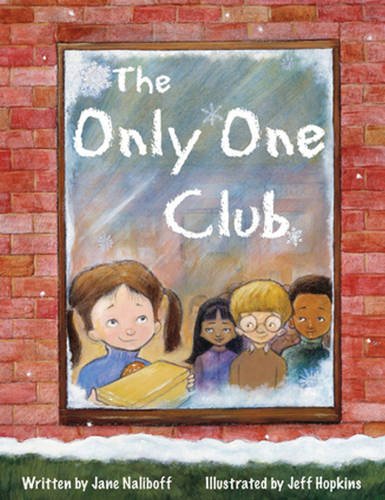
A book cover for The Only One Club; Jane Naliboff; Children's Books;